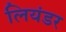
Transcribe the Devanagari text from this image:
लियंडर